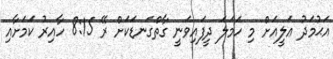
އަޙުމަދު ޢަލީއަށް މި ހަމަލަ ދީފައިވަނީ ގާތްގަނޑަކަށް ރޭ 8:15 ހާއިރު ކަމަށާއި